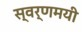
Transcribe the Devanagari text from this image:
स्‍वर्णमयी